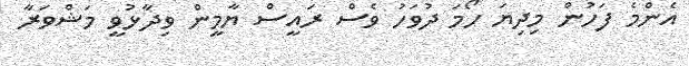
އެންމެ ފަހުން މިދިޔަ ހޯމަ ދުވަހު ވެސް ރައީސް ޔާމީން ވިދާޅުވީ މަޝްވަރާ